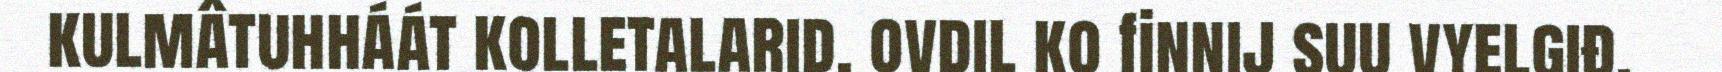
kulmâtuhháát kolletalarid, ovdil ko finnij suu vyelgiđ.